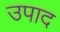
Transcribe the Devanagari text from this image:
उपाद